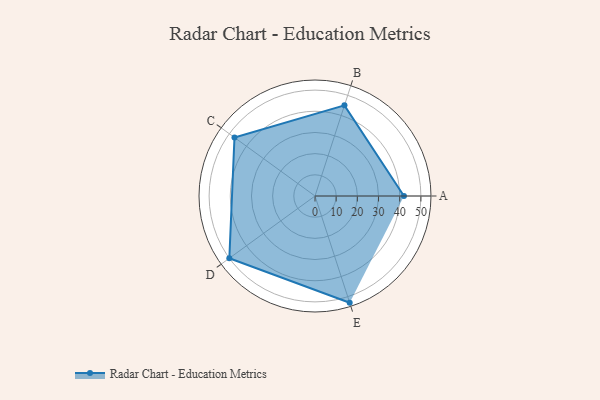
{"axis": {"x": "Skill", "y": "Score"}, "legend": ["Profile"], "data": [{"x": "A", "y": 42.0, "type": "Profile"}, {"x": "B", "y": 45.0, "type": "Profile"}, {"x": "C", "y": 47.0, "type": "Profile"}, {"x": "D", "y": 50.0, "type": "Profile"}, {"x": "E", "y": 53.0, "type": "Profile"}]}